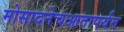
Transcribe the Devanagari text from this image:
मोसादनेचआतापर्यंत